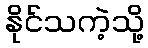
နိုင်သကဲ့သို့